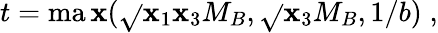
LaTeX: t=\operatorname*{ma\mathbf{x}}(\sqrt{}{{\mathbf{x}_{1}\mathbf{x}_{3}}}M_{B},\sqrt{}{{\mathbf{x}_{3}}}M_{B},1/b)\; ,